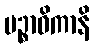
ပဉ္စာဓိကာနိ